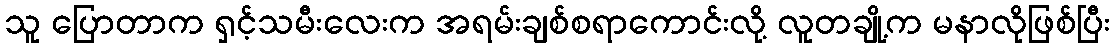
သူ ပြောတာက ရှင့်သမီးလေးက အရမ်းချစ်စရာကောင်းလို့ လူတချို့က မနာလိုဖြစ်ပြီး